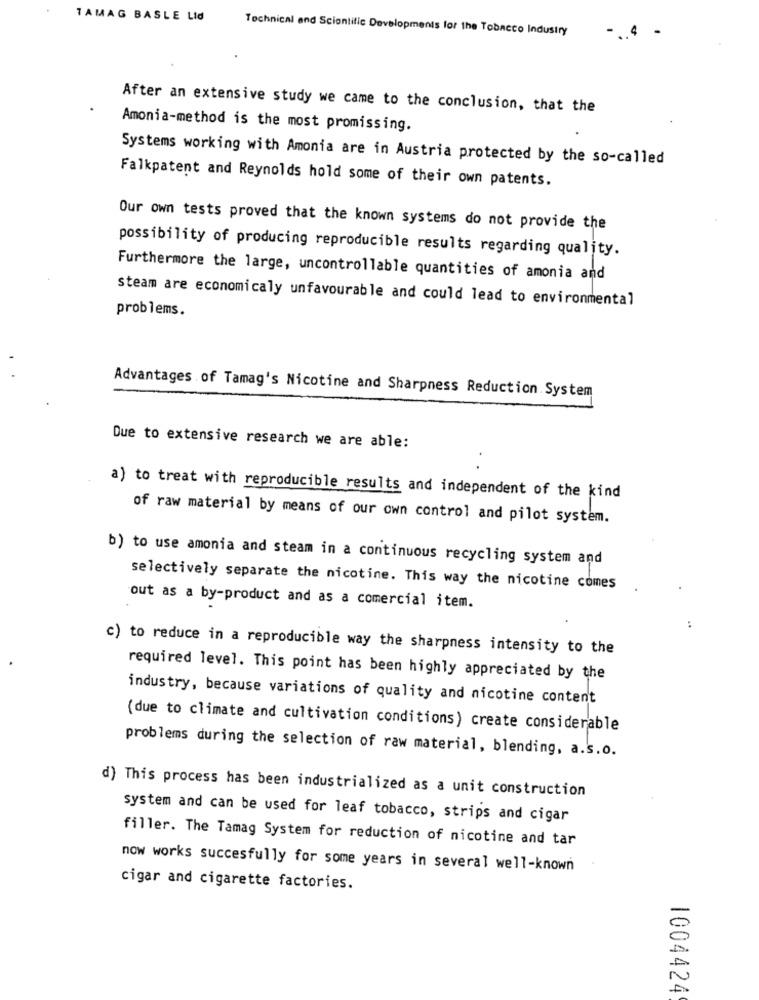
TAMAG BASLE Lid
Technical and Scientific Developments for the Tobacco Industry
After an extensive study we came to the conclusion, that the
Amonia-method is the most promissing.
Systems working with Amonia are in Austria protected by the so-called
Falkpatent and Reynolds hold some of their own patents.
Our own tests proved that the known systems do not provide the
possibility of producing reproducible results regarding quality.
Furthermore the large, uncontrollable quantities of amonia and
steam are economicaly unfavourable and could lead to environmental
problems.
Advantages of Tamag's Nicotine and Sharpness Reduction System
Due to extensive research we are able:
a) to treat with reproducible results and independent of the kind
of raw material by means of our own control and pilot system.
b) to use amonia and steam in a continuous recycling system and
selectively separate the nicotine. This way the nicotine comes
out as a by-product and as a comercial item.
..
c) to reduce in a reproducible way the sharpness intensity to the
required level. This point has been highly appreciated by the
industry, because variations of quality and nicotine content
(due to climate and cultivation conditions) create considerable
problems during the selection of raw material, blending, a.s.o.
d) This process has been industrialized as a unit construction
system and can be used for leaf tobacco, strips and cigar
filler. The Tamag System for reduction of nicotine and tar
now works succesfully for some years in several well-known
cigar and cigarette factories.
1004424